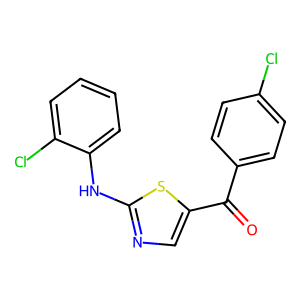
SMILES: O=C(c1ccc(Cl)cc1)c1cnc(Nc2ccccc2Cl)s1
Inhibits HIV replication: No